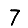
Digit: 7